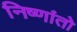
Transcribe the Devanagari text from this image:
निष्णांतो